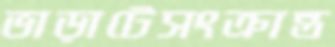
ভাড়াটেসংক্রান্ত